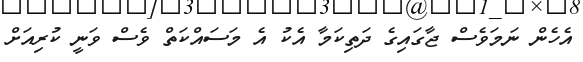
އެހެން ނަމަވެސް ޖާގައިގެ ދަތިކަމާ އެކު އެ މަސައްކަތް ވެސް ވަނީ ކުރިއަށް